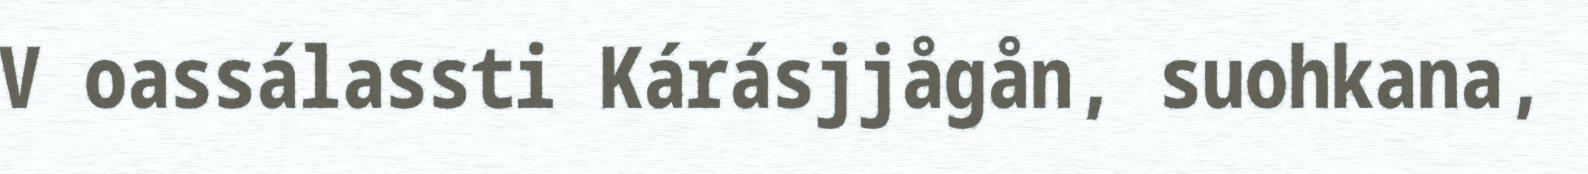
V oassálassti Kárásjjågån, suohkana,